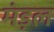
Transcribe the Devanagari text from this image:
मंड़ल